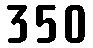
350